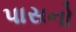
પાસનો